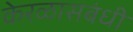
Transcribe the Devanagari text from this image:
केरळासबंधी